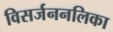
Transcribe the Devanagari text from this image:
विसर्जननलिका